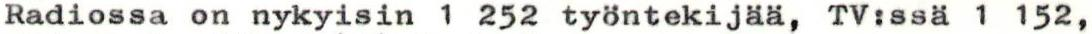
Radiossa on nykyisin 1 252 työntekijää, TV:ssä 1 152,